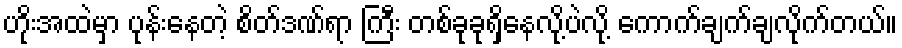
ဟိုးအထဲမှာ ပုန်းနေတဲ့ စိတ်ဒဏ်ရာ ကြီး တစ်ခုခုရှိနေလို့ပဲလို့ ကောက်ချက်ချလိုက်တယ်။